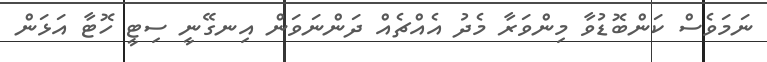
ނަމަވެސް ކަންބޮޑުވާ މިންވަރާ މެދު އެއްޗެއް ދަންނަވަން އިނގޭނީ ސިޓީ ހޮޓާ އަޅަން